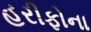
હરીફોના